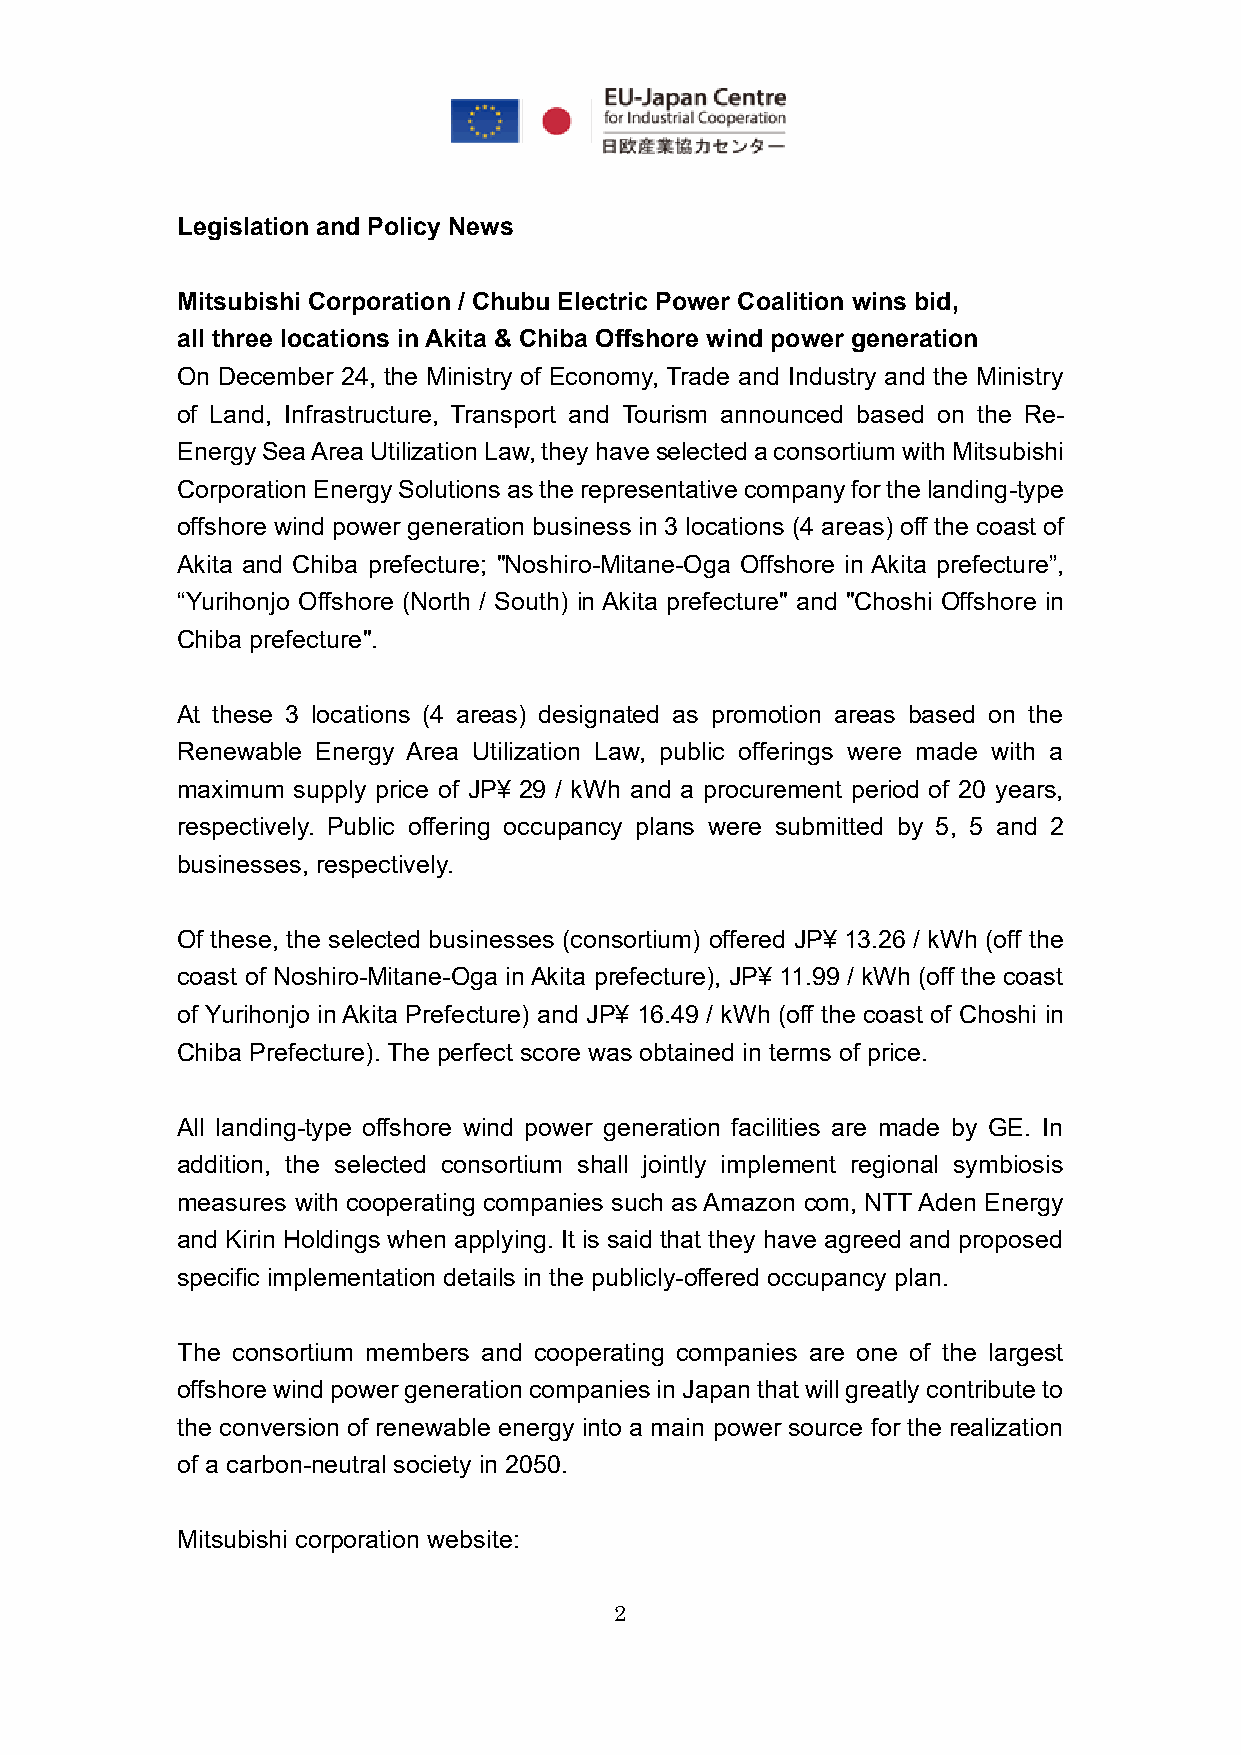
Legislation and Policy News
 Mitsubishi Corporation / Chubu Electric Power Coalition wins bid,
 all three locations in Akita & Chiba Offshore wind power generation
 On December 24, the Ministry of Economy, Trade and Industry and the Ministry
 of Land, Infrastructure, Transport and Tourism announced based on the Re-
 Energy Sea Area Utilization Law, they have selected a consortium with Mitsubishi
 Corporation Energy Solutions as the representative company for the landing-type
 offshore wind power generation business in 3 locations (4 areas) off the coast of
 Akita and Chiba prefecture; "Noshiro-Mitane-Oga Offshore in Akita prefecture”,
 “Yurihonjo Offshore (North / South) in Akita prefecture" and "Choshi Offshore in
 Chiba prefecture".
 At these 3 locations (4 areas) designated as promotion areas based on the
 Renewable Energy Area Utilization Law, public offerings were made with a
 maximum supply price of JP¥ 29 / kWh and a procurement period of 20 years,
 respectively. Public offering occupancy plans were submitted by 5, 5 and 2
 businesses, respectively.
 Of these, the selected businesses (consortium) offered JP¥ 13.26 / kWh (off the
 coast of Noshiro-Mitane-Oga in Akita prefecture), JP¥ 11.99 / kWh (off the coast
 of Yurihonjo in Akita Prefecture) and JP¥ 16.49 / kWh (off the coast of Choshi in
 Chiba Prefecture). The perfect score was obtained in terms of price.
 All landing-type offshore wind power generation facilities are made by GE. In
 addition, the selected consortium shall jointly implement regional symbiosis
 measures with cooperating companies such as Amazon com, NTT Aden Energy
 and Kirin Holdings when applying. It is said that they have agreed and proposed
 specific implementation details in the publicly-offered occupancy plan.
 The consortium members and cooperating companies are one of the largest
 offshore wind power generation companies in Japan that will greatly contribute to
 the conversion of renewable energy into a main power source for the realization
 of a carbon-neutral society in 2050.
 Mitsubishi corporation website:
 2